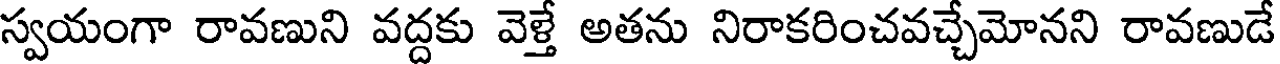
స్వయంగా రావణుని వద్దకు వెళ్తే అతను నిరాకరించవచ్చేమోనని రావణుడే